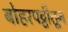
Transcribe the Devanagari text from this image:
बोहरपट्टीतून